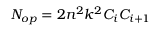
N _ { o p } = 2 n ^ { 2 } k ^ { 2 } C _ { i } C _ { i + 1 }